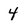
Character: 4